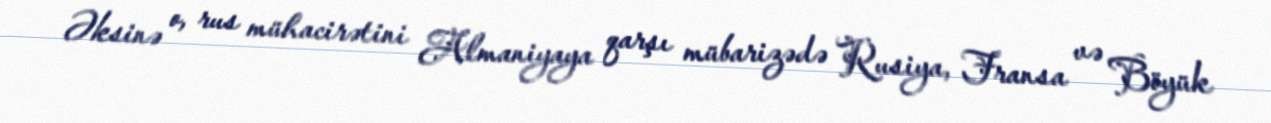
Əksinə o, rus mühacirətini Almaniyaya qarşı mübarizədə Rusiya, Fransa və Böyük